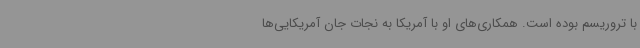
با تروریسم بوده است. همکاری‌های او با آمریکا به نجات جان آمریکایی‌ها